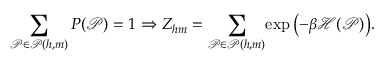
\sum _ { \mathcal P \in \mathcal P ( h , m ) } P ( \mathcal P ) = 1 \Rightarrow Z _ { h m } = \sum _ { \mathcal P \in \mathcal P ( h , m ) } \! \exp { \left( - \beta \mathcal H ( \mathcal P ) \right) } .